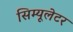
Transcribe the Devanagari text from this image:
सिम्यूलेटर